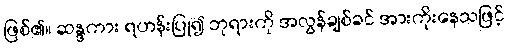
ဖြစ်၏။ ဆန္ဒကား ရဟန်းပြု၍ ဘုရားကို အလွန်ချစ်ခင် အားကိုးနေသဖြင့်